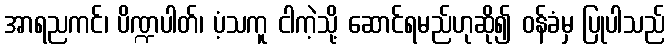
အာရညကင်၊ ပိဏ္ဍပါတ်၊ ပံ့သကူ ငါကဲ့သို့ ဆောင်ရမည်ဟုဆို၍ ဝန်ခံမှ ပြုပါသည်